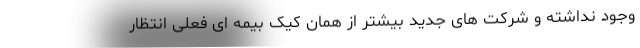
وجود نداشته و شرکت های جدید بیشتر از همان کیک بیمه ای فعلی انتظار